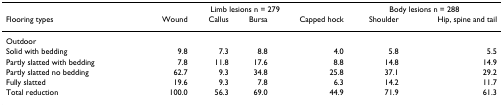
|  | <COLSPAN=4> Limb lesions n = 279 | <COLSPAN=2> Body lesions n = 288 |
 | Flooring types | Wound | Callus | Bursa | Capped hock | Shoulder | Hip, spine and tail |
 | --- | --- | --- | --- | --- | --- | --- |
 | Outdoor |  |  |  |  |  |  |
 | Solid with bedding | 9.8 | 7.3 | 8.8 | 4.0 | 5.8 | 5.5 |
 | Partly slatted with bedding | 7.8 | 11.8 | 17.6 | 8.8 | 14.8 | 14.9 |
 | Partly slatted no bedding | 62.7 | 9.3 | 34.8 | 25.8 | 37.1 | 29.2 |
 | Fully slatted | 19.6 | 9.3 | 7.8 | 6.3 | 14.2 | 11.7 |
 | Total reduction | 100.0 | 56.3 | 69.0 | 44.9 | 71.9 | 61.3 |